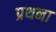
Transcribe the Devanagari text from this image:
प्रथना